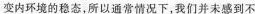
变内环境的稳态，所以通常情况下，我们并未感到不